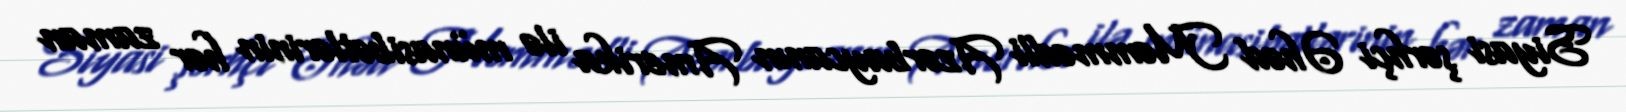
Siyasi şərhçi Əhəd Məmmədli Azərbaycanın Amerika ilə münasibətlərinin hər zaman